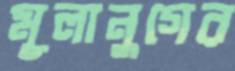
মূলানুগের